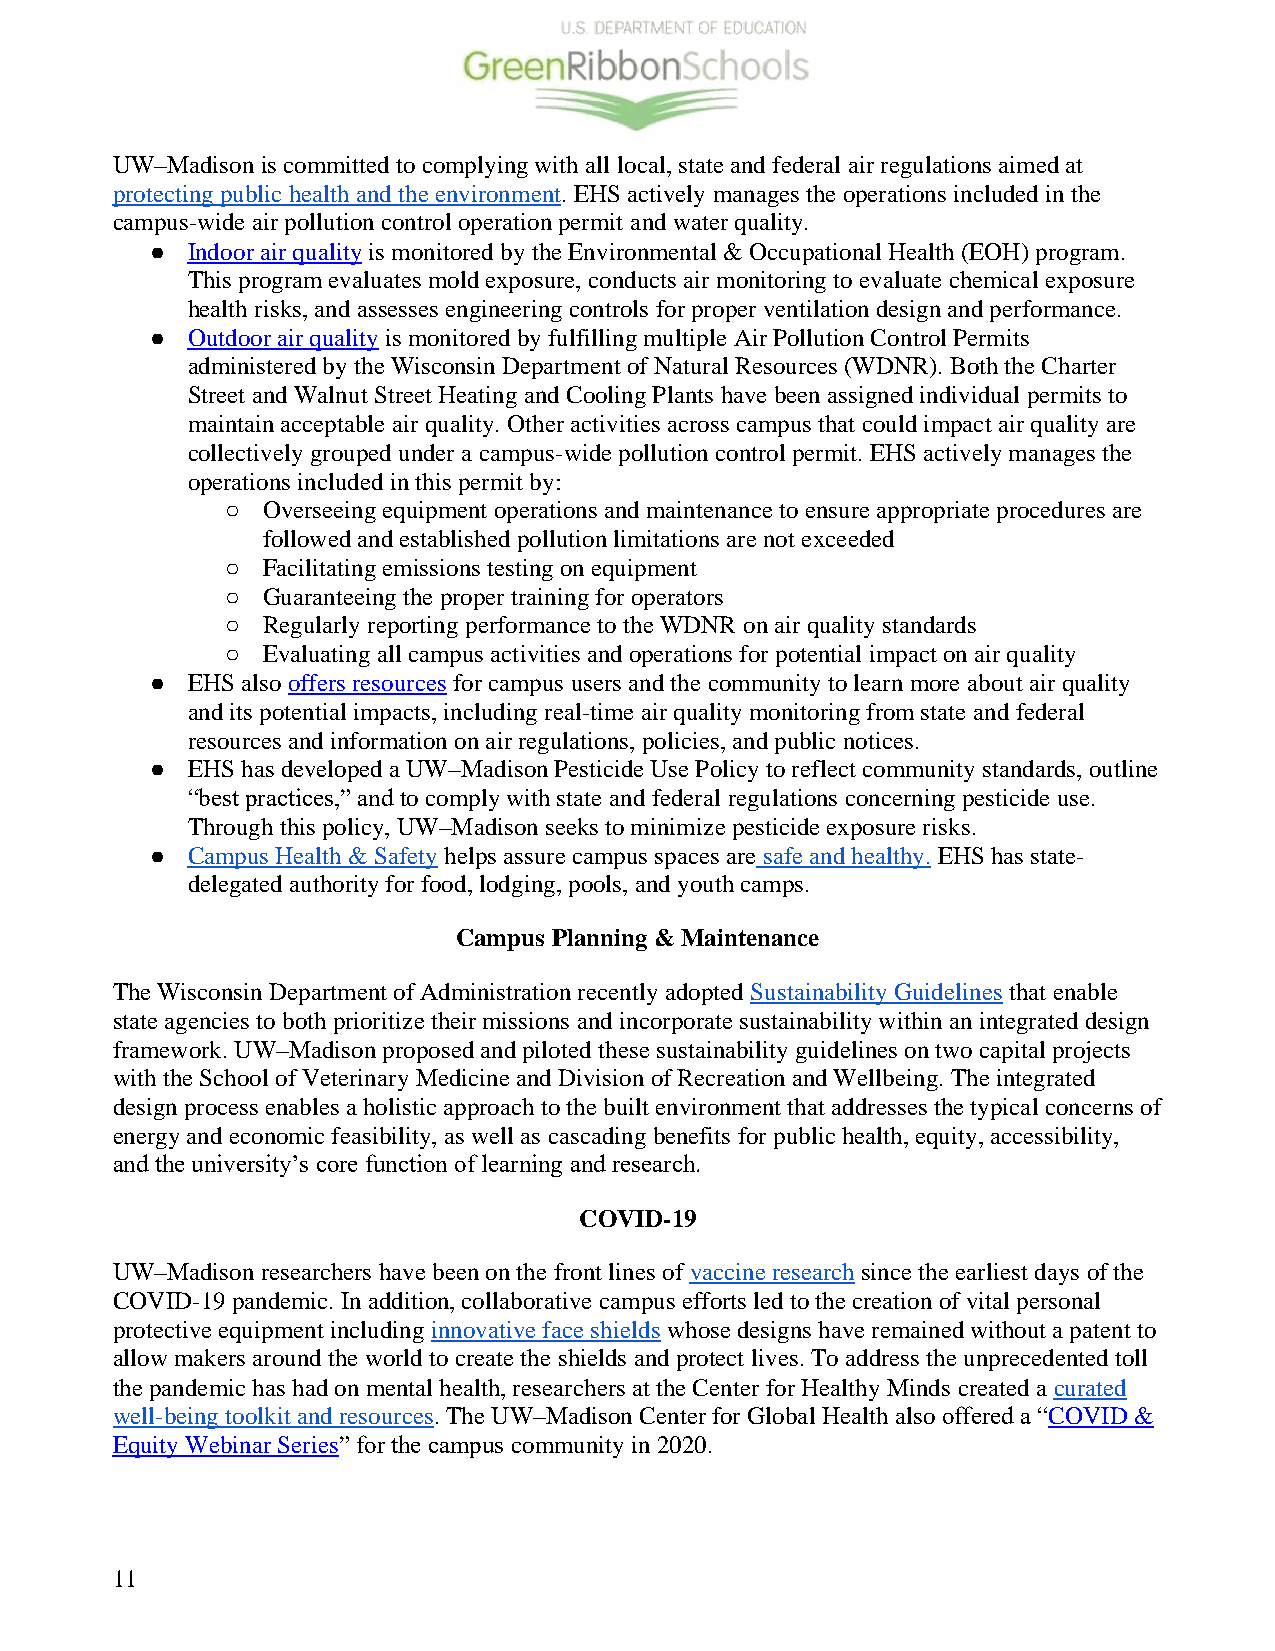
UW–Madison is committed to complying with all local, state and federal air regulations aimed at
 protecting public health and the environment. EHS actively manages the operations included in the
 campus-wide air pollution control operation permit and water quality.
 ● Indoor air quality is monitored by the Environmental & Occupational Health (EOH) program.
 This program evaluates mold exposure, conducts air monitoring to evaluate chemical exposure
 health risks, and assesses engineering controls for proper ventilation design and performance.
 ● Outdoor air quality is monitored by fulfilling multiple Air Pollution Control Permits
 administered by the Wisconsin Department of Natural Resources (WDNR). Both the Charter
 Street and Walnut Street Heating and Cooling Plants have been assigned individual permits to
 maintain acceptable air quality. Other activities across campus that could impact air quality are
 collectively grouped under a campus-wide pollution control permit. EHS actively manages the
 operations included in this permit by:
 ○ Overseeing equipment operations and maintenance to ensure appropriate procedures are
 followed and established pollution limitations are not exceeded
 ○ Facilitating emissions testing on equipment
 ○ Guaranteeing the proper training for operators
 ○ Regularly reporting performance to the WDNR on air quality standards
 ○ Evaluating all campus activities and operations for potential impact on air quality
 ● EHS also offers resources for campus users and the community to learn more about air quality
 and its potential impacts, including real-time air quality monitoring from state and federal
 resources and information on air regulations, policies, and public notices.
 ● EHS has developed a UW–Madison Pesticide Use Policy to reflect community standards, outline
 “best practices,” and to comply with state and federal regulations concerning pesticide use.
 Through this policy, UW–Madison seeks to minimize pesticide exposure risks.
 ● Campus Health & Safety helps assure campus spaces are safe and healthy. EHS has state-
 delegated authority for food, lodging, pools, and youth camps.
 Campus Planning & Maintenance
 The Wisconsin Department of Administration recently adopted Sustainability Guidelines that enable
 state agencies to both prioritize their missions and incorporate sustainability within an integrated design
 framework. UW–Madison proposed and piloted these sustainability guidelines on two capital projects
 with the School of Veterinary Medicine and Division of Recreation and Wellbeing. The integrated
 design process enables a holistic approach to the built environment that addresses the typical concerns of
 energy and economic feasibility, as well as cascading benefits for public health, equity, accessibility,
 and the university’s core function of learning and research.
 COVID-19
 UW–Madison researchers have been on the front lines of vaccine research since the earliest days of the
 COVID-19 pandemic. In addition, collaborative campus efforts led to the creation of vital personal
 protective equipment including innovative face shields whose designs have remained without a patent to
 allow makers around the world to create the shields and protect lives. To address the unprecedented toll
 the pandemic has had on mental health, researchers at the Center for Healthy Minds created a curated
 well-being toolkit and resources. The UW–Madison Center for Global Health also offered a “COVID &
 Equity Webinar Series” for the campus community in 2020.
 11